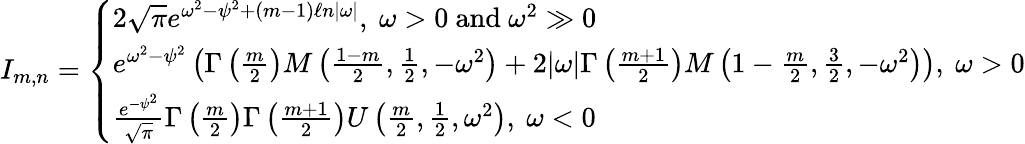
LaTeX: \begin{array}{r}{I_{m,n}=\left\{ \begin{array}{ll}{2\sqrt{\pi}e^{\omega^{2}-\psi^{2}+(m-1)\ell n|\omega|},\ \omega>0\ \mathrm{and}\ \omega^{2}\gg 0}\\ {e^{\omega^{2}-\psi^{2}}\left(\Gamma\left(\frac{m}{2}\right)M\left(\frac{1-m}{2},\frac{1}{2},-\omega^{2}\right)+2|\omega|\Gamma\left(\frac{m+1}{2}\right)M\left(1-\frac{m}{2},\frac{3}{2},-\omega^{2}\right)\right),\ \omega>0}\\ {\frac{e^{-\psi^{2}}}{\sqrt{\pi}}\Gamma\left(\frac{m}{2}\right)\Gamma\left(\frac{m+1}{2}\right)U\left(\frac{m}{2},\frac{1}{2},\omega^{2}\right),\ \omega<0}\end{array}\right.}\end{array}